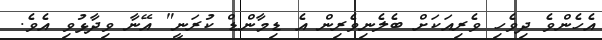
އެހެންވެ ދިވެހި ވެރިއަކަށް ބެލެނިވެރިން އެ ޑިމާންޑް ކުރަނީ" އޭނާ ވިދާޅުވި އެވެ.